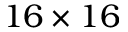
1 6 \times 1 6